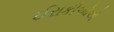
ઈરાકીઓએ